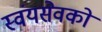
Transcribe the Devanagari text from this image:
स्वंयसेवको